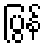
ပြွန်